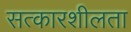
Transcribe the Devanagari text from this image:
सत्कारशीलता